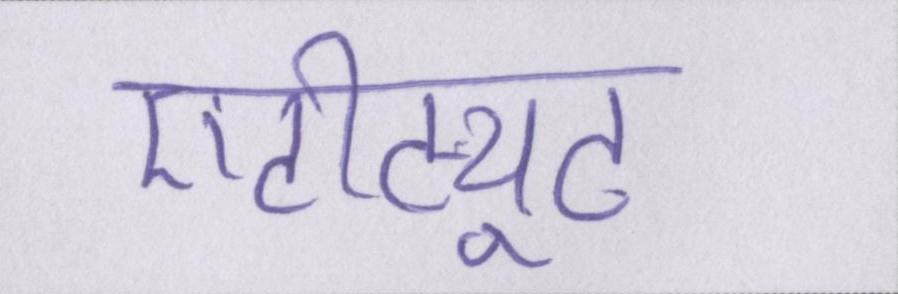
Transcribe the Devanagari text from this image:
एटीट्यूट